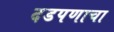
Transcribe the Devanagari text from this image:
दडपणाचा